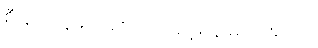
စီးနင်းသူများ စောင့်ကြည့်ရန် မလိုအပ်ပါ။